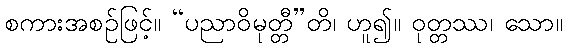
စကားအစဉ်ဖြင့်။ “ပညာဝိမုတ္တီ”တိ၊ ဟူ၍။ ဝုတ္တဿ၊ သော။